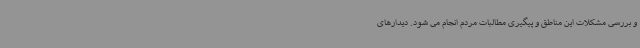
و بررسی مشکلات این مناطق و پیگیری مطالبات مردم انجام می شود. دیدارهای